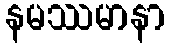
နမဿမာနာ